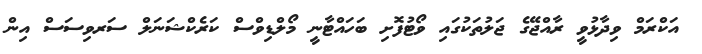
އަކްރަމް ވިދާޅުވީ ރާއްޖޭގެ ޖަލުތަކުގައި ވޯޓުފޮށި ބަހައްޓާނީ މޯލްޑިވްސް ކަރެކްޝަނަލް ސަރވިސަސް އިން